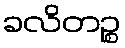
ခလိတဉ္စ